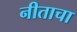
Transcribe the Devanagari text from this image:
नीताचा